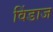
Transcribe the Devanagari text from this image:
विंडाज